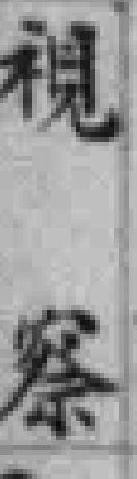
視察